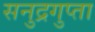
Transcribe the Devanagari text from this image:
सनुद्रगुप्ता